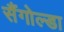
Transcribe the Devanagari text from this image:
सैंगोल्डा